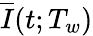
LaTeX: \overline{{I}}(t;T_{w})